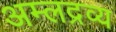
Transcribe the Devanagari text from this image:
अम्लद्रव्य